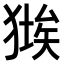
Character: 𤠱